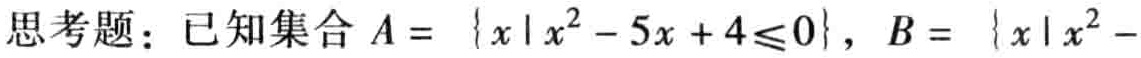
思考题：已知集合\(A = \{x\mid x^{2}-5x + 4\leqslant0\}\)，\(B = \{x\mid x^{2}-\)